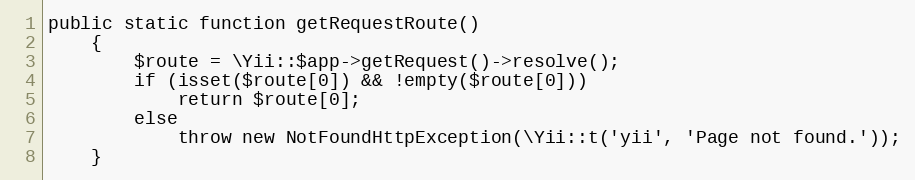
Language: PHP
public static function getRequestRoute()
    {
        $route = \Yii::$app->getRequest()->resolve();
        if (isset($route[0]) && !empty($route[0]))
            return $route[0];
        else
            throw new NotFoundHttpException(\Yii::t('yii', 'Page not found.'));
    }